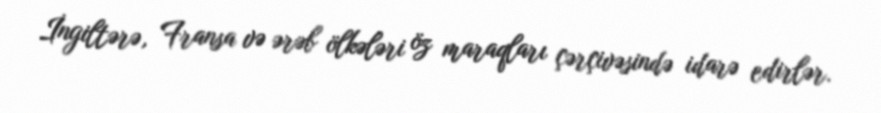
İngiltərə, Fransa və ərəb ölkələri öz maraqları çərçivəsində idarə edirlər.